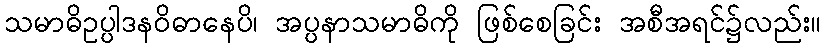
သမာဓိဥပ္ပါဒနဝိဓာနေပိ၊ အပ္ပနာသမာဓိကို ဖြစ်စေခြင်း အစီအရင်၌လည်း။